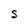
Character: S